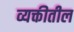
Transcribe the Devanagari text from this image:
व्यक्तीतील